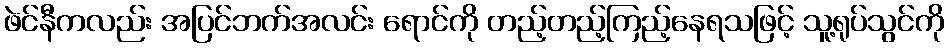
ဖဲင်နီကလည်း အပြင်ဘက်အလင်း ရောင်ကို တည့်တည့်ကြည့်နေရသဖြင့် သူ့ရုပ်သွင်ကို